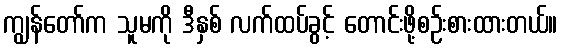
ကျွန်တော်က သူမကို ဒီနှစ် လက်ထပ်ခွင့် တောင်းဖို့စဉ်းစားထားတယ်။